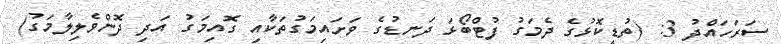
ސަރަހައްދު 3: (ތުޑީކޮޅުގެ ދެމަގު ފުޓްބޯޅަ ދަނޑުގެ ވަށައިމަގުތަކާއި ގޮއިމަގު އަދި ދޮންވެލިލާމަގު)